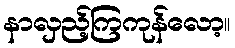
နာလှည့်ကြကုန်လော့။